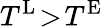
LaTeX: T^{\textnormal{L}}\! >\! T^{\textnormal{E}}